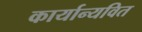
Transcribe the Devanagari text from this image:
कार्यान्यवित